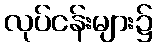
လုပ်ငန်းများ၌